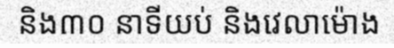
និង៣០ នាទីយប់ និងវេលាម៉ោង